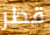
قطر